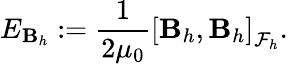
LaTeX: E_{\mathbf{B}_{h}}:=\frac{1}{2\mu_{0}}\left[\mathbf{B}_{h},\mathbf{B}_{h}\right]_{\mathcal{F}_{h}}.